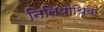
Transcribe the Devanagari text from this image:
निलियोथिक